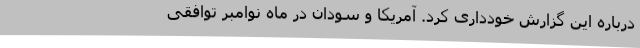
درباره این گزارش خودداری کرد. آمریکا و سودان در ماه نوامبر توافقی